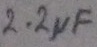
Text: 2.2µF